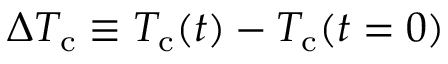
\Delta T _ { \mathrm { c } } \equiv { T _ { \mathrm { c } } ( t ) - T _ { \mathrm { c } } ( t = 0 ) }